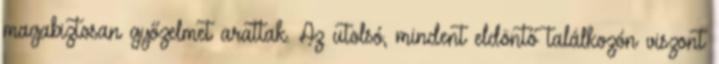
magabiztosan győzelmet arattak. Az utolsó, mindent eldöntő találkozón viszont